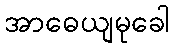
အာဓေယျမုခေါ